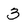
Character: 3